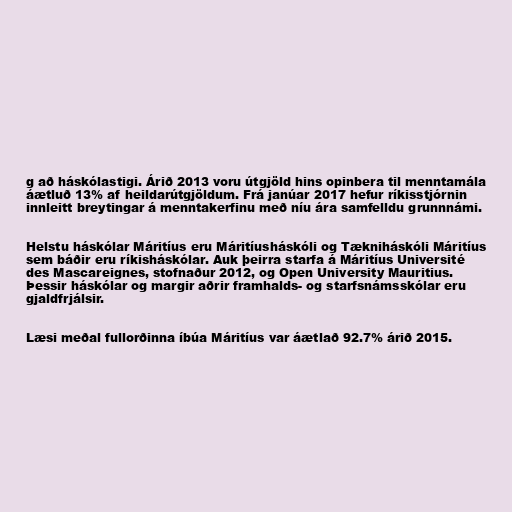
g að háskólastigi. Árið 2013 voru útgjöld hins opinbera til menntamála
áætluð 13% af heildarútgjöldum. Frá janúar 2017 hefur ríkisstjórnin
innleitt breytingar á menntakerfinu með níu ára samfelldu grunnnámi.

Helstu háskólar Máritíus eru Máritíusháskóli og Tækniháskóli Máritíus
sem báðir eru ríkisháskólar. Auk þeirra starfa á Máritíus Université
des Mascareignes, stofnaður 2012, og Open University Mauritius.
Þessir háskólar og margir aðrir framhalds- og starfsnámsskólar eru
gjaldfrjálsir.

Læsi meðal fullorðinna íbúa Máritíus var áætlað 92.7% árið 2015.